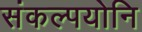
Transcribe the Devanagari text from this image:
संकल्पयोनि